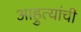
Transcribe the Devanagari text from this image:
आहुत्यांची